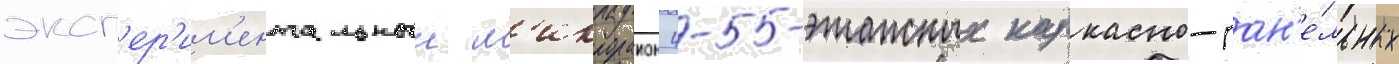
эксп'ер'им'ентальныи м'икрораион 4-5-этажных каркасно-пан'е́льных